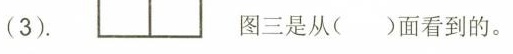
(3)。 图三是从( )面看到的。